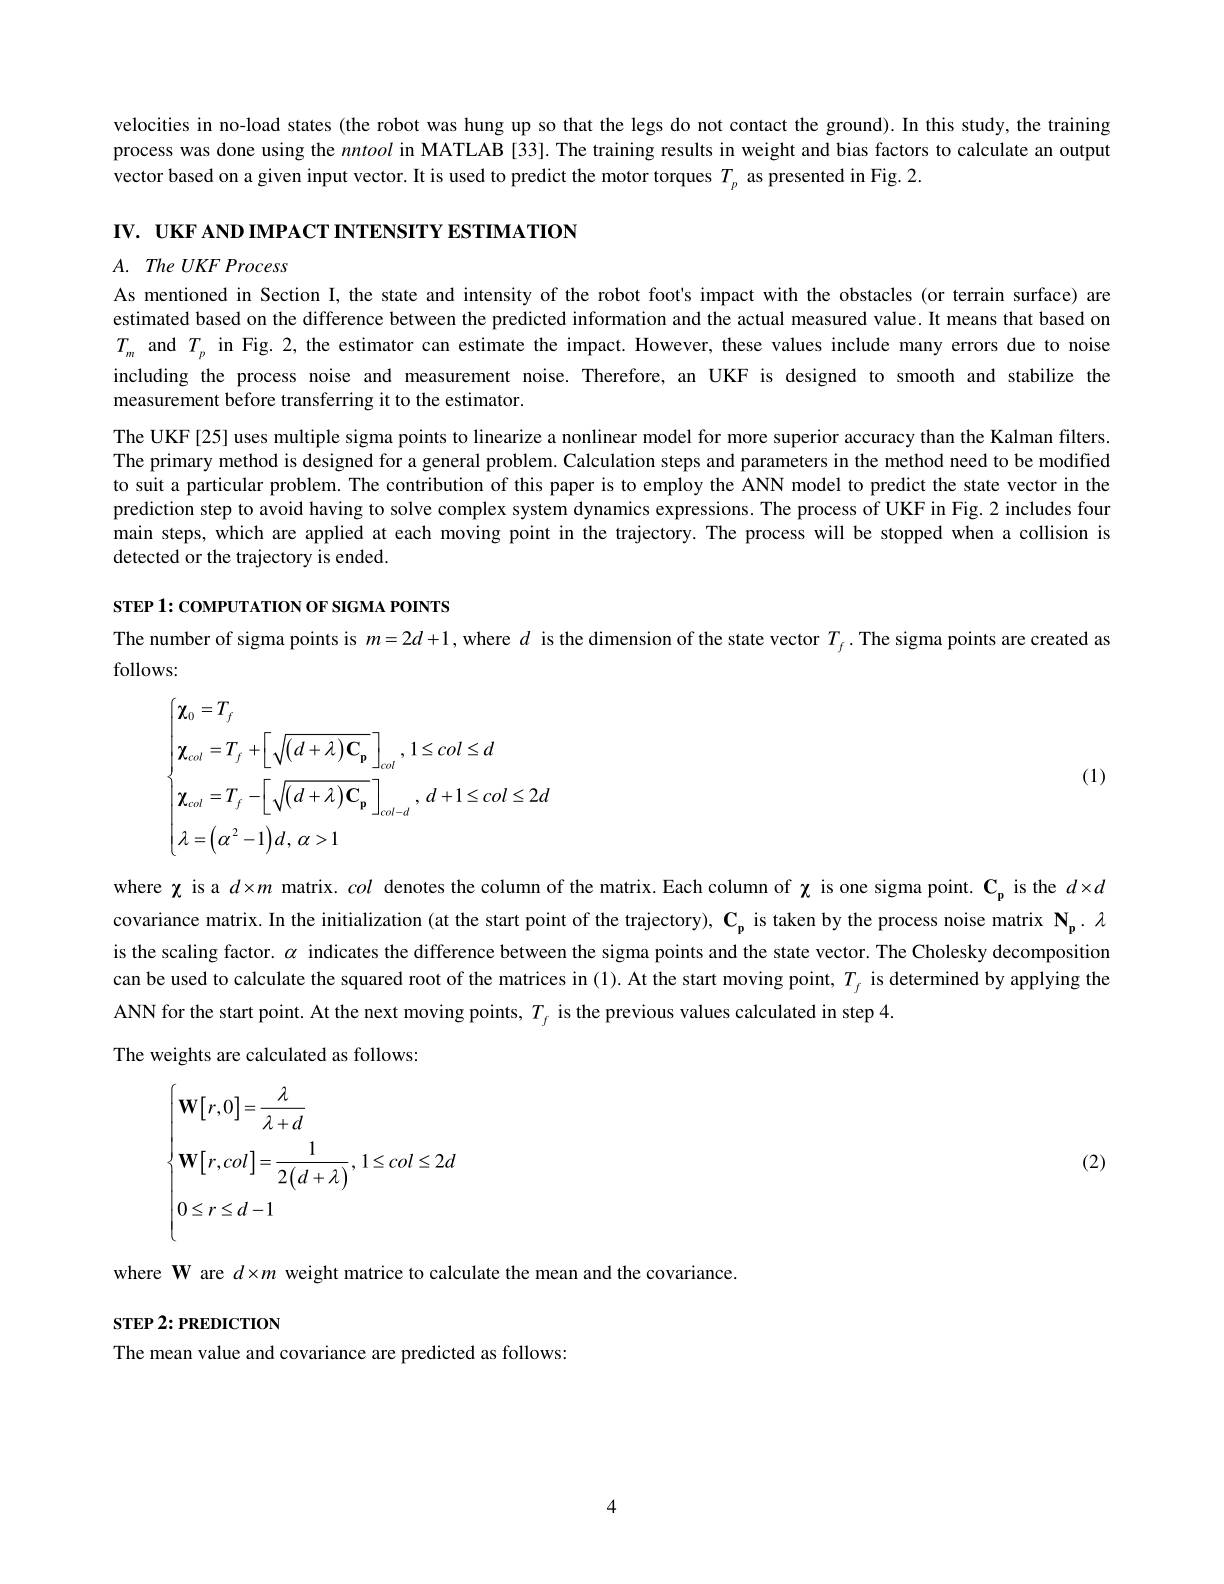
velocities in no-load states (the robot was hung up so that the legs do not contact the ground). In this study, the training process was done using the nntool in MATLAB [33]. The training results in weight and bias factors to calculate an output vector based on a given input vector. It is used to predict the motor torques $T_p$ as presented in Fig. 2.

IV. UKF AND IMPACT INTENSITY ESTIMATION

$A.$ The $UKF$ Process

As mentioned in Section I, the state and intensity of the robot foot's impact with the obstacles (or terrain surface) are estimated based on the difference between the predicted information and the actual measured value. It means that based on $T_{m}$ and $T_p$ in Fig.2, the estimator can estimate the impact. However, these values include many errors due to noise including the process noise and measurement noise. Therefore, an UKF is designed to smooth and stabilize the measurement before transferring it to the estimator.
The UKF [25] uses multiple sigma points to linearize a nonlinear model for more superior accuracy than the Kalman filters. The primary method is designed for a general problem. Calculation steps and parameters in the method need to be modified to suit a particular problem. The contribution of this paper is to employ the ANN model to predict the state vector in the prediction step to avoid having to solve complex system dynamics expressions. The process of UKF in Fig. 2 includes four main steps, which are applied at each moving point in the trajectory. The process will be stopped when a collision is detected or the trajectory is ended.

STEP 1: COMPUTATION OF SIGMA POINTS

The number of sigma points is $m=2d+1$, where $d$ is the dimension of the state vector $T_f.$ The sigma points are created as
follows:

(1)
$$\begin{cases}\boldsymbol{\chi}_{0}=T_{f}\\\boldsymbol{\chi}_{col}=T_{f}+\left[\sqrt{\left(d+\lambda\right)\mathbf{C}_{\mathbf{p}}}\right]_{col},1\leq col\leq d\\\boldsymbol{\chi}_{col}=T_{f}-\left[\sqrt{\left(d+\lambda\right)\mathbf{C}_{\mathbf{p}}}\right]_{col-d},\:d+1\leq col\leq2d\\\lambda=\left(\alpha^{2}-1\right)d,\:\alpha>1\end{cases}$$
where $\chi$ is a $d\times m$ matrix. col denotes the column of the matrix. Each column of $\chi_\mathrm{~is~one~sigma~point.~C_p~is~the~}d\times d$ covariance matrix. In the initialization (at the start point of the trajectory), $\mathbf{C}_{\mathbf{p}}$ is taken by the process noise matrix $\mathbf{N}_{\mathbf{p}}.\mathbf{\lambda}$ is the scaling factor. $\alpha$ indicates the difference between the sigma points and the state vector. The Cholesky decomposition can be used to calculate the squared root of the matrices in (1). At the start moving point, $T_{_{f}}$ is determined by applying the ANN for the start point. At the next moving points, $T_{_{f}}$ is the previous values calculated in step 4
The weights are calculated as follows:
$$\begin{cases}\mathbf{W}\big[r,0\big]=\dfrac{\lambda}{\lambda+d}\\\mathbf{W}\big[r,col\big]=\dfrac{1}{2\big(d+\lambda\big)},\:1\le col\le2d\\0\le r\le d-1\end{cases}$$
(2)

where W are $d\times m$ weight matrice to calculate the mean and the covariance

${\mathrm{STEP~2:PREDICTION}}$

The mean value and covariance are predicted as follows: